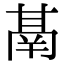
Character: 𮫙